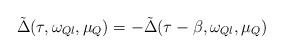
LaTeX: \begin{align*}\tilde{\Delta}(\tau,\omega_{Ql},\mu_Q) =-\tilde{\Delta}(\tau-\beta,\omega_{Ql},\mu_Q)\end{align*}